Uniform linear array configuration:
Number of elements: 64
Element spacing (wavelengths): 1
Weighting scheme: binomial
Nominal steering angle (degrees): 0
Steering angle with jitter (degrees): -0.04013
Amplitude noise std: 0.05
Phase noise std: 0.05

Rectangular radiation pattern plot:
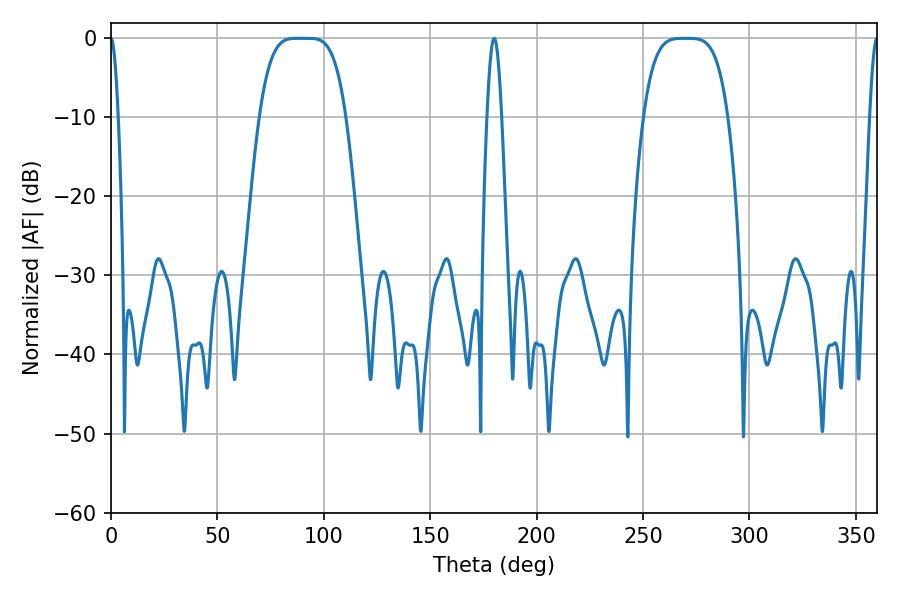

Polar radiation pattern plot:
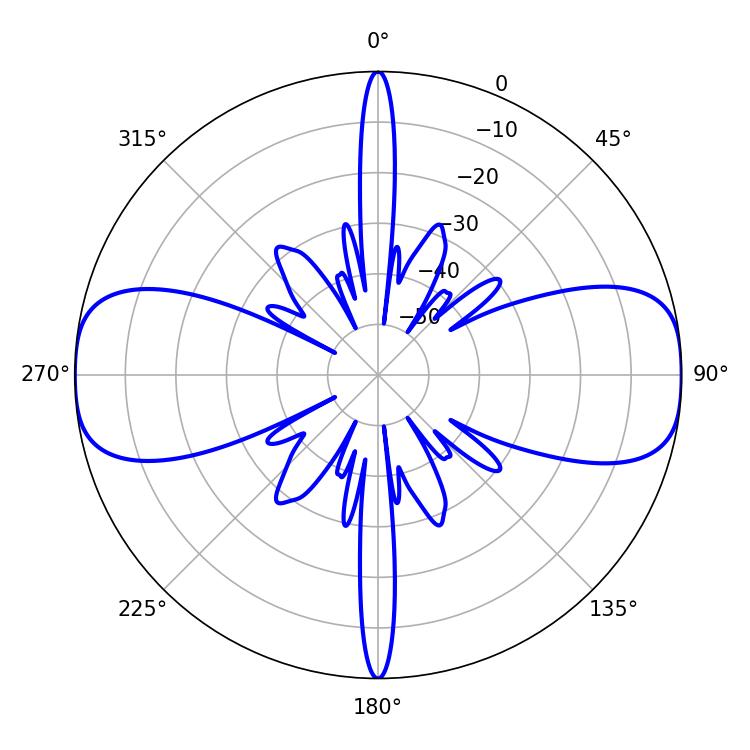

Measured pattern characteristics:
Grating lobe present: TRUE
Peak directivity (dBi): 20.431
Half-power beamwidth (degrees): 29.88
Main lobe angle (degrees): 87.66